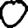
Digit: 0